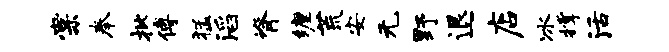
棠奉批傅猛滔脊缠荒安无野退店冰撑活